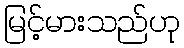
မြင့်မားသည်ဟု